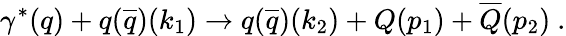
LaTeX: \gamma^{*}(q)+q(\overline{{{q}}})(k_{1})\rightarrow q(\overline{{{q}}})(k_{2})+Q(p_{1})+\overline{{{Q}}}(p_{2})~.